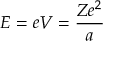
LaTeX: E = e V = { \frac { Z e ^ { 2 } } { a } } \,